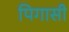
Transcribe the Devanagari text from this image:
पिगासी